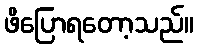
ဖိပြောရတော့သည်။